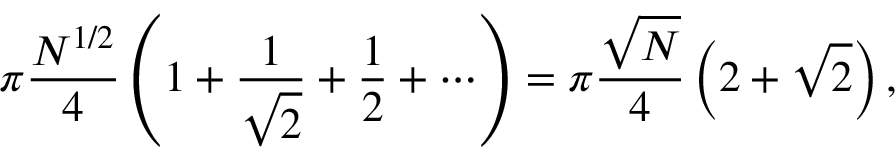
\pi { \frac { N ^ { 1 / 2 } } { 4 } } \left( 1 + { \frac { 1 } { \sqrt { 2 } } } + { \frac { 1 } { 2 } } + \cdots \right) = \pi { \frac { \sqrt { N } } { 4 } } \left( 2 + { \sqrt { 2 } } \right) ,